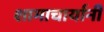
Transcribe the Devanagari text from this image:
शामाचार्यानी